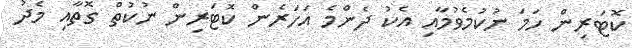
ކޮޓަރިން ހަމަ ނުކުމެވުމާއި އެކު ދެންމެ އަހަރެން ކޮޓަރިން ނުކުތް ގޮތާއި މެދު